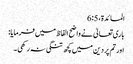
المائدة، 5: 6
باری تعالیٰ نے واضح الفاظ میں فرمایا:
اور تم پر دین میں کچھ تنگی نہ رکھی۔